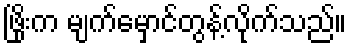
ဖြိုးက မျက်မှောင်တွန့်လိုက်သည်။